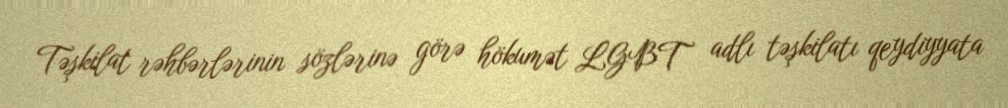
Təşkilat rəhbərlərinin sözlərinə görə hökumət LGBT adlı təşkilatı qeydiyyata